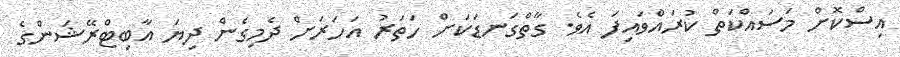
އިސްކޮށް މަސައްކަތް ކުރައްވައިފަ އެވެ. ގާތްގަނޑަކަށް ހަތަރު އަހަރަށް ދެމިގެން ދިޔަ އާބިޓްރޭޝަންގެ